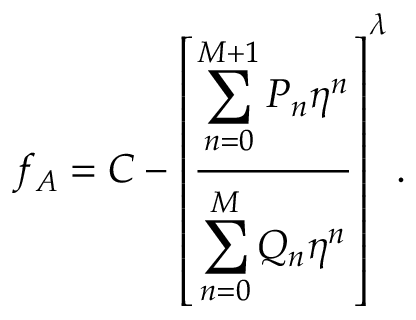
f _ { A } = C - \left[ \frac { \displaystyle \sum _ { n = 0 } ^ { M + 1 } P _ { n } \eta ^ { n } } { \displaystyle \sum _ { n = 0 } ^ { M } Q _ { n } \eta ^ { n } } \right] ^ { \lambda } .